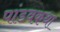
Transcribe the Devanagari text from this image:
पांडवकथा